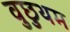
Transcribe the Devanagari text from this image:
वुछुथम